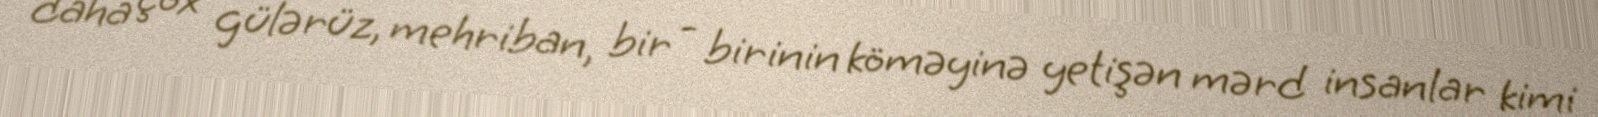
daha çox gülərüz, mehriban, bir - birinin köməyinə yetişən mərd insanlar kimi